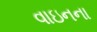
વાઇનના